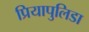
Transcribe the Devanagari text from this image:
प्रियापुलिडा